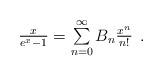
LaTeX: \begin{align*}\begin{array}{c}\frac{x}{e^x-1}=\sum\limits_{n=0}^{\infty}B_n\frac{x^n}{n!}\end{array}.\end{align*}